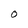
Character: o